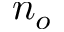
n _ { o }